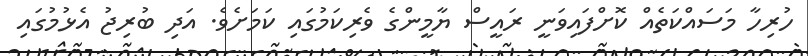
ހުރިހާ މަސައްކަތެއް ކޮށްފައިވަނީ ރައީސް ޔާމީންގެ ވެރިކަމުގައި ކަމަށެވެ. އަދި ބުރިޖު އެޅުމުގައި